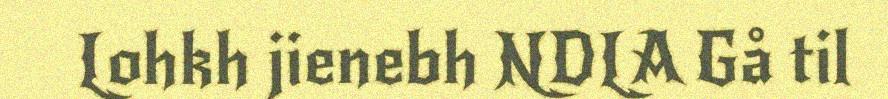
Lohkh jienebh NDLA Gå til